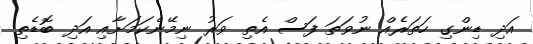
އަދި ޑިންގި ހަތަރެއް ނުވަތަ ފަސް އެތި ވަރު ނިމޭނެކަމަށާއި އަދި ބޮޑެތި